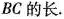
BC的长。